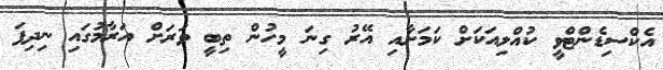
އެކްސިޑެންޓްވީ ކުއްލިއަކަށް ކަމަށާއި އޭރު ގިނަ މީހުން ތިބީ ވަރަށް އަރާމުގައި ނިދިފަ